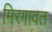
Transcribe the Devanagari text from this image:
मिरगावत